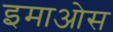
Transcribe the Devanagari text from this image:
इमाओस